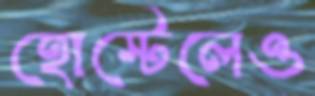
হোস্টেলেও